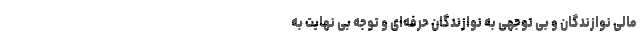
مالی نوازندگان و بی توجهی به نوازندگان حرفه‌ای و توجه بی نهایت به